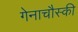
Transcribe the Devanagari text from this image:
गेनाचौस्की